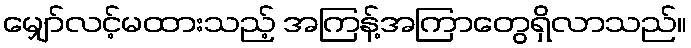
မျှော်လင့်မထားသည့် အကြန့်အကြာတွေရှိလာသည်။